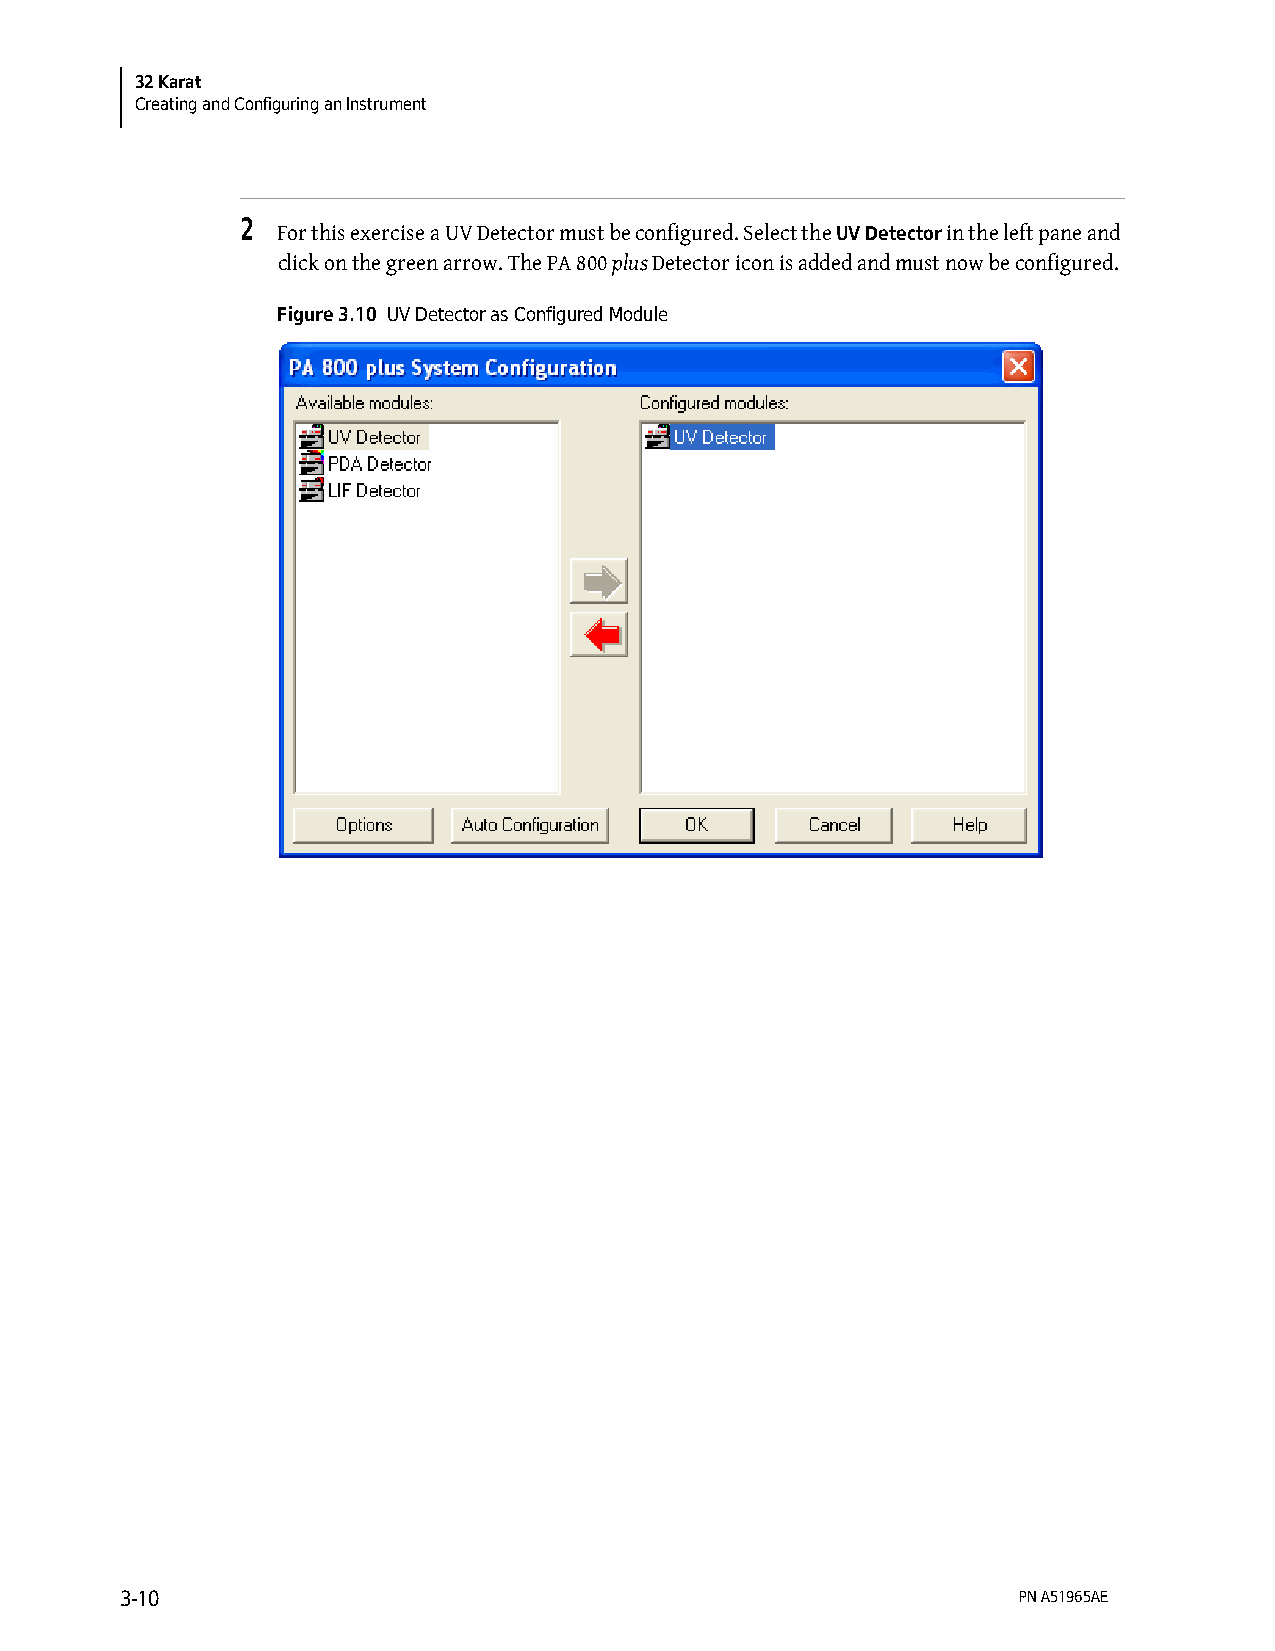
32 Karat
 Creating and Configuring an Instrument
 2
 For this exercise a UV Detector must be configured. Select the UV Detector in the left pane and
 click on the green arrow. The PA 800 plus Detector icon is added and must now be configured.
 Figure 3.10 UV Detector as Configured Module
 3-10                                                       PN A51965AE